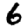
Digit: 6